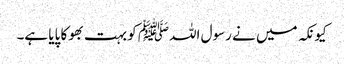
کیونکہ میں نے رسول اللہﷺ کو بہت بھوکا پایا ہے۔